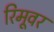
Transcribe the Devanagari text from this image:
रिमूवर